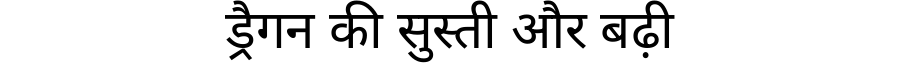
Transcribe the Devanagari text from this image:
ड्रैगन की सुस्ती और बढ़ी